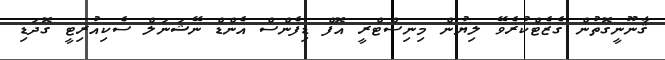
ޤާނޫނީގޮތުން ގެޒެޓްކުރެވޭ ލިޔުން މިނިސްޓްރީ އޮފް ޑިފެންސް އެންޑް ނޭޝަނަލް ސެކިއުރިޓީ ގޮދަޑި